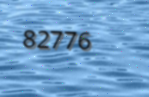
82776